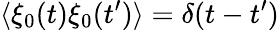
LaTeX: \langle\xi_{0}(t)\xi_{0}(t^{\prime})\rangle=\delta(t-t^{\prime})